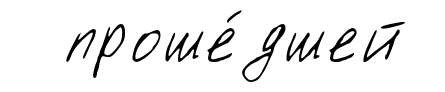
проше́дшей